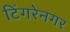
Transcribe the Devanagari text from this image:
टिंगरेनगर